Indian journal of veterinary science and animal husbandry - Volumes 22-23, 1952-1953
Year: 1952
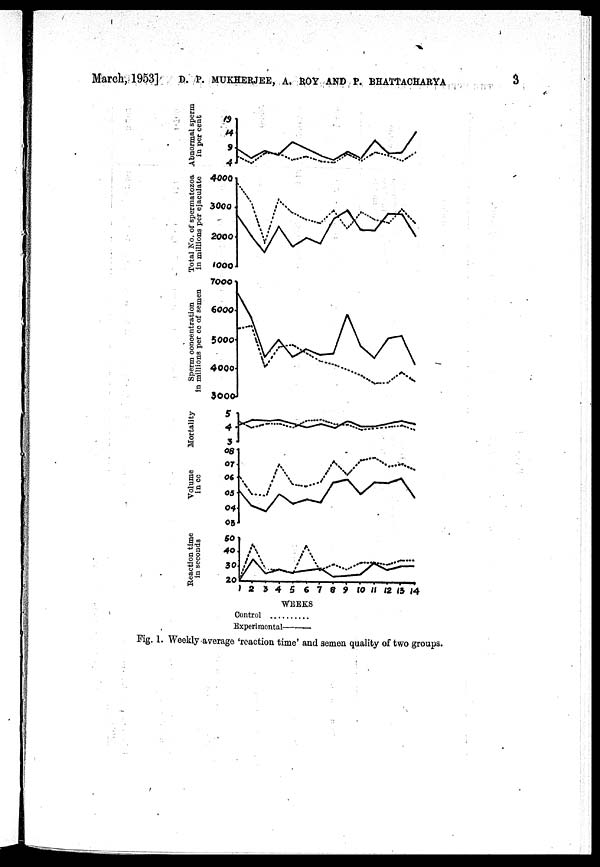
March, 1953] D. P. MUKHERJEE, A. ROY AND P. BHATTACHARYA 3
Fig. 1. Weekly average 'reaction time' and semen quality of two groups.